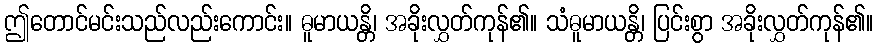
ဤတောင်မင်းသည်လည်းကောင်း။ ဓူမာယန္တိ၊ အခိုးလွှတ်ကုန်၏။ သံဓူမာယန္တိ၊ ပြင်းစွာ အခိုးလွှတ်ကုန်၏။